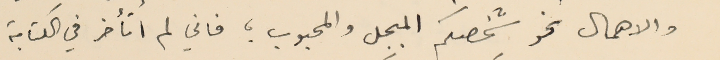
والاهمال نحو شخصكم المبجل والمحبوب؛ فاني لم اتأخر في الكتابة